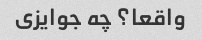
واقعا؟ چه جوایزی